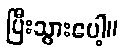
ပြီးသွားပေါ့။